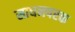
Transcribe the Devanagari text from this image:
साधनपरक